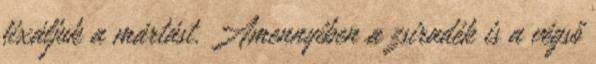
fixáljuk a mártást. Amennyiben a zsiradék is a végső